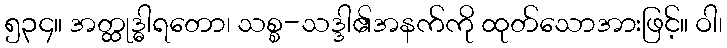
၅၃၄။ အတ္ထုဒ္ဓါရတော၊ သစ္စ-သဒ္ဒါ၏အနက်ကို ထုတ်သောအားဖြင့်။ ဝါ၊